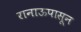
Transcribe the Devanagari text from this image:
रानाऊपासून